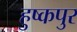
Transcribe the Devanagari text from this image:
हुष्कपुर